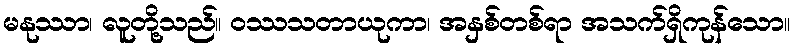
မနုဿာ၊ လူတို့သည်။ ဝဿသတာယုကာ၊ အနှစ်တစ်ရာ အသက်ရှိကုန်သော။